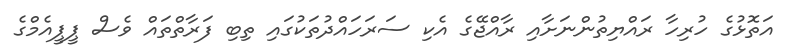
އަތޮޅުގެ ހުރިހާ ރައްޔިތުންނަށާއި ރާއްޖޭގެ އެކި ސަރަހައްދުތަކުގައި ތިބި ފަރާތްތައް ވެސް ޕީޕީއެމްގެ